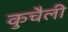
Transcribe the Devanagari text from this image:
कुचैली